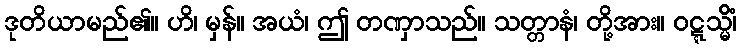
ဒုတိယာမည်၏။ ဟိ၊ မှန်။ အယံ၊ ဤ တဏှာသည်။ သတ္တာနံ၊ တို့အား။ ဝဋ္ဋသ္မိံ၊